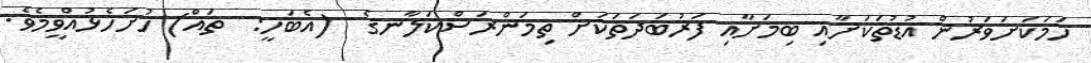
ހަމަކަށަވަރުން އުޑުތަކަށާއި ބިމަށާއި ފަރުބަދަތަކަށް ތިމަންރަސްކަލާނގެ  (އެބަހީ:  ތައް) ހުށަހެޅުއްވީމެވެ.